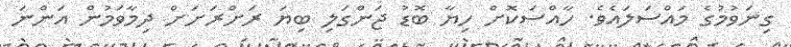
ގިނަވުމުގެ މައްސަލައެެވެ. ހާއްސަކޮށް ހިޔާ ބޮޑު ޖަންގަލި ބިޔަ ރަށްރަށަށް ދިމާވަމުން އަންނަ